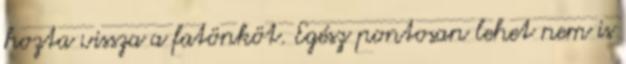
hozta vissza a fatönköt. Egész pontosan lehet nem is